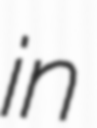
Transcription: in